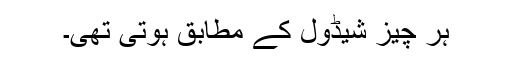
ہر چیز شیڈول کے مطابق ہوتی تھی۔